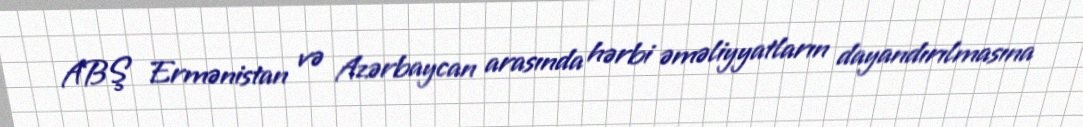
ABŞ Ermənistan və Azərbaycan arasında hərbi əməliyyatların dayandırılmasına